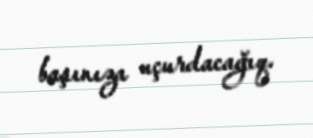
başınıza uçurdacağıq.